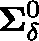
\mathbf { \Sigma } _ { \delta } ^ { 0 }